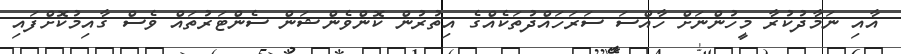
އާއި ނަމާދުކުރާ މީހުންނަށް ހާއްސަ ސަރަހައްދުތަކެއްގެ އިތުރުން ކޮންވެންޝަން ސެންޓަރުތައް ވެސް ގާއިމުކޮށްފައި